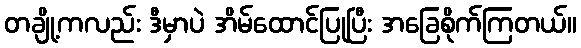
တချို့ကလည်း ဒီမှာပဲ အိမ်ထောင်ပြုပြီး အခြေစိုက်ကြတယ်။